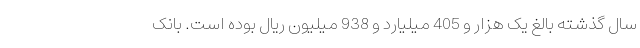
سال گذشته بالغ یک هزار و 405 میلیارد و 938 میلیون ریال بوده است. بانک